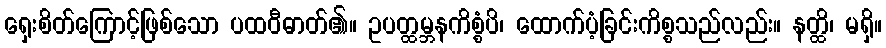
ရှေးစိတ်ကြောင့်ဖြစ်သော ပထဝီဓာတ်၏။ ဥပတ္ထမ္ဘနကိစ္စံပိ၊ ထောက်ပံ့ခြင်းကိစ္စသည်လည်း။ နတ္ထိ၊ မရှိ။